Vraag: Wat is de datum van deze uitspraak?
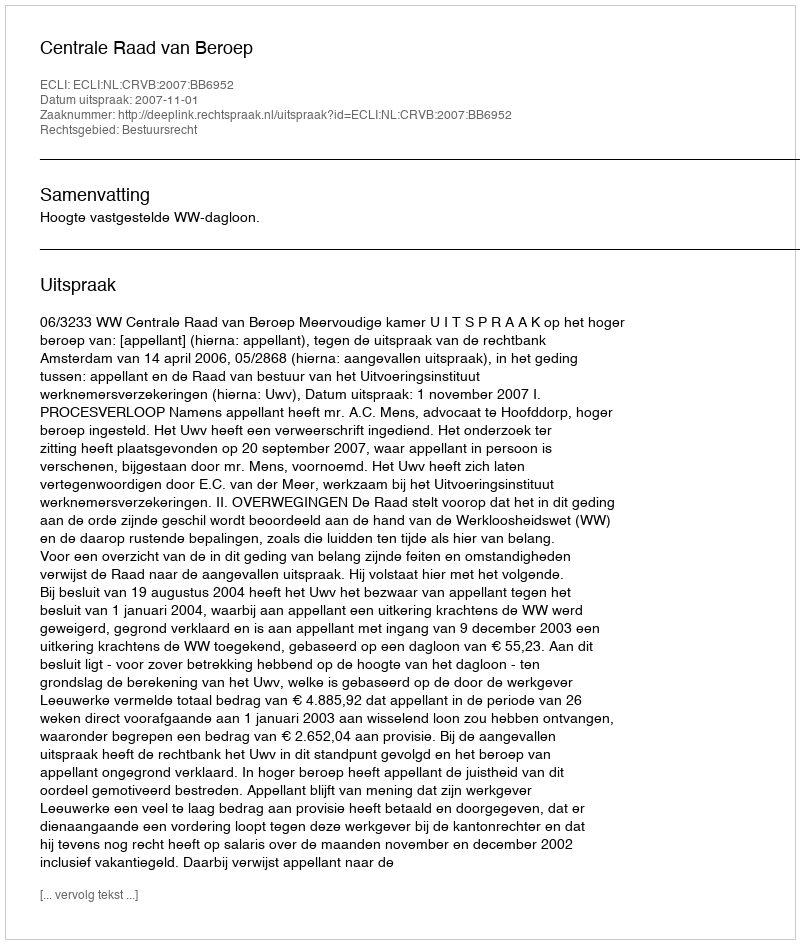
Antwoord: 2007-11-01